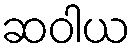
ဆဝါယ